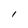
Character: 1